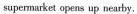
supermarket opens up nearby,